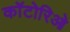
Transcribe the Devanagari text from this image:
कॉटोरिओ